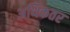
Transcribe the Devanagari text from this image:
अथिकतर